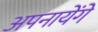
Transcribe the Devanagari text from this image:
अपनायेंगे